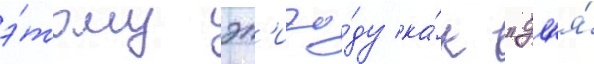
э́тому эп'изо́ду ка́к "дл'я́